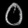
Digit: ၀